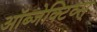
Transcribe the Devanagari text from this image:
ऑब्जेक्टिव्स्